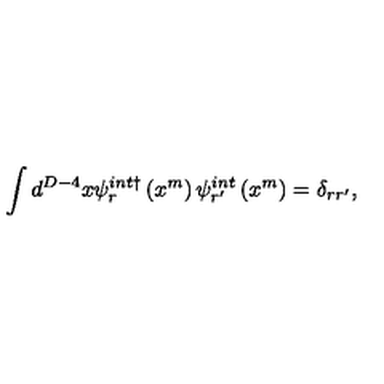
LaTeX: \int d ^ { D - 4 } x \psi _ { r } ^ { i n t \dagger } \left( x ^ { m } \right) \psi _ { r ^ { \prime } } ^ { i n t } \left( x ^ { m } \right) = \delta _ { r r ^ { \prime } } ,